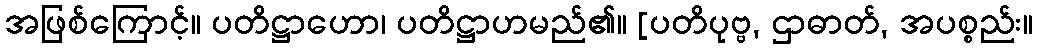
အဖြစ်ကြောင့်။ ပတိဋ္ဌာဟော၊ ပတိဋ္ဌာဟမည်၏။ [ပတိပုဗ္ဗ, ဌာဓာတ်, အပစ္စည်း။